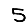
Digit: 5